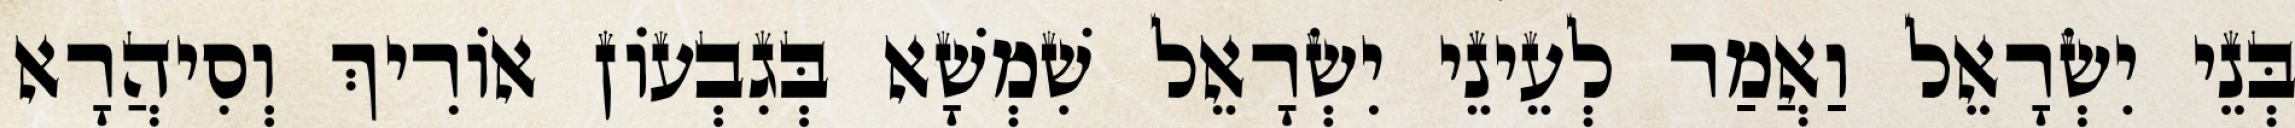
בְּנֵי יִשְׂרָאֵל וַאֲמַר לְעֵינֵי יִשְׂרָאֵל שִׁמְשָׁא בְּגִבְעוֹן אוֹרִיךְ וְסִיהֲרָא